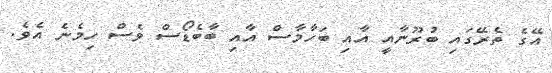
އޭގެ ތެރޭގައި ބުރޫނާއީ އާއި ބަހާމާސް އާއި ބާބެޑޯސް ވެސް ހިމެނެ އެވެ.